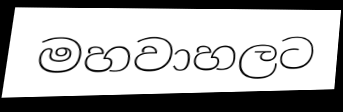
මහවාහලට